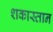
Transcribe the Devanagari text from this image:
शकास्तान